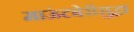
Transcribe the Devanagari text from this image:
माऊंटबेरीसुद्धा